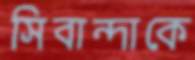
সিবান্দাকে